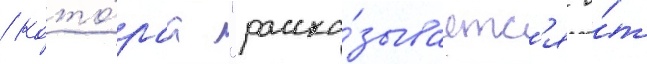
/ кото́раа "расска́зываетс'я о́т